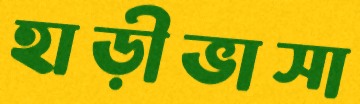
হাড়ীভাসা